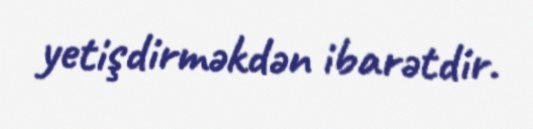
yetişdirməkdən ibarətdir.